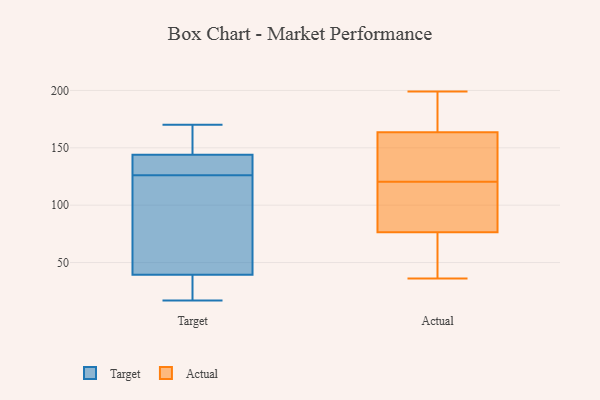
{"axis": {"x": "Active Users", "y": "Value"}, "legend": ["Actual", "Target"], "data": [{"x": "", "y": 22, "type": "Target"}, {"x": "", "y": 143, "type": "Target"}, {"x": "", "y": 50, "type": "Target"}, {"x": "", "y": 62, "type": "Target"}, {"x": "", "y": 17, "type": "Target"}, {"x": "", "y": 138, "type": "Target"}, {"x": "", "y": 170, "type": "Target"}, {"x": "", "y": 21, "type": "Target"}, {"x": "", "y": 140, "type": "Target"}, {"x": "", "y": 45, "type": "Target"}, {"x": "", "y": 147, "type": "Target"}, {"x": "", "y": 165, "type": "Target"}, {"x": "", "y": 126, "type": "Target"}, {"x": "", "y": 110, "type": "Actual"}, {"x": "", "y": 98, "type": "Actual"}, {"x": "", "y": 188, "type": "Actual"}, {"x": "", "y": 133, "type": "Actual"}, {"x": "", "y": 45, "type": "Actual"}, {"x": "", "y": 137, "type": "Actual"}, {"x": "", "y": 127, "type": "Actual"}, {"x": "", "y": 174, "type": "Actual"}, {"x": "", "y": 36, "type": "Actual"}, {"x": "", "y": 104, "type": "Actual"}, {"x": "", "y": 55, "type": "Actual"}, {"x": "", "y": 179, "type": "Actual"}, {"x": "", "y": 44, "type": "Actual"}, {"x": "", "y": 199, "type": "Actual"}, {"x": "", "y": 37, "type": "Actual"}, {"x": "", "y": 114, "type": "Actual"}, {"x": "", "y": 153, "type": "Actual"}, {"x": "", "y": 142, "type": "Actual"}, {"x": "", "y": 107, "type": "Actual"}, {"x": "", "y": 184, "type": "Actual"}]}